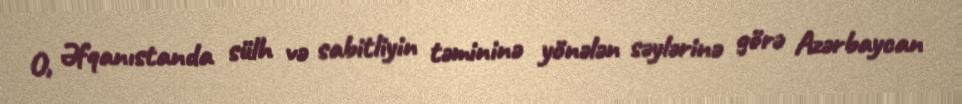
O, Əfqanıstanda sülh və sabitliyin təmininə yönələn səylərinə görə Azərbaycan